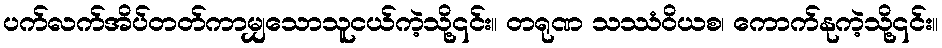
ပက်လက်အိပ်တတ်ကာမျှသောသူငယ်ကဲ့သို့၎င်း။ တရုဏ သဿံဝိယစ၊ ကောက်နုကဲ့သို့၎င်း။